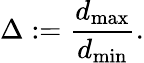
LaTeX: \Delta:=\frac{d_{\operatorname*{max}}}{d_{\operatorname*{min}}}.